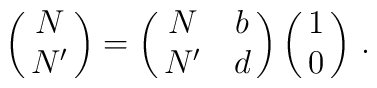
\pmatrix{N\cr N'}=\pmatrix{N&b\cr N'&d}\pmatrix{1\cr 0}\, .